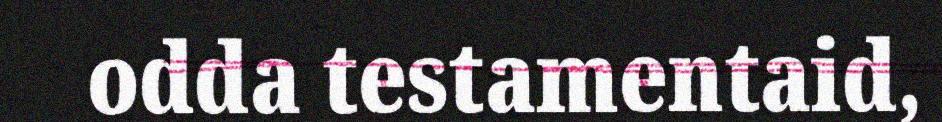
odda testamentaid,